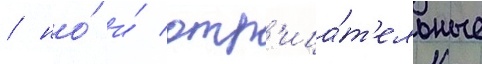
/ но́ и́ отр'ица́т'ельные